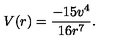
V ( r ) = \frac { - 1 5 v ^ { 4 } } { 1 6 r ^ { 7 } } .